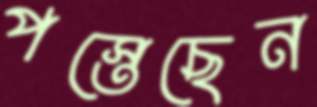
পস্তেছেন